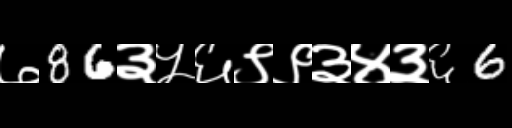
Text: ७86३५६९९३४३६6